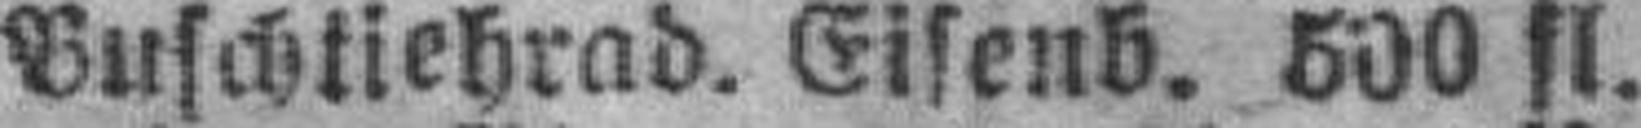
Buschtiehrad. Eisenb. 500 fl.